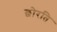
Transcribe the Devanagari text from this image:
छोरति